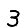
Digit: 3